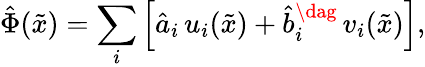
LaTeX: {\hat{\Phi}}({\tilde{x}})=\sum_{i}\left[{\hat{a}}_{i}\, u_{i}({\tilde{x}})+{\hat{b}}_{i}^{\dag}\, v_{i}({\tilde{x}})\right],